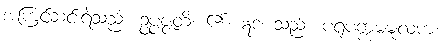
အကြင်ဆင်းရဲသည်။ ဥပ္ပဇ္ဇတိ၊ ၏။ ဣဒံ၊ သည်။ ပရူပက္ကမမူလကံ၊